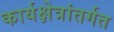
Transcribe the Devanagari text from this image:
कार्यक्षेत्रांतर्गत